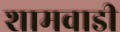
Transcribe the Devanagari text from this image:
शामवाडी